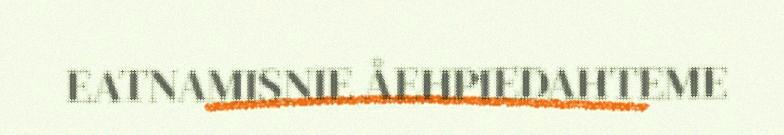
EATNAMISNIE ÅEHPIEDAHTEME